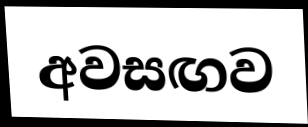
අවසඟව